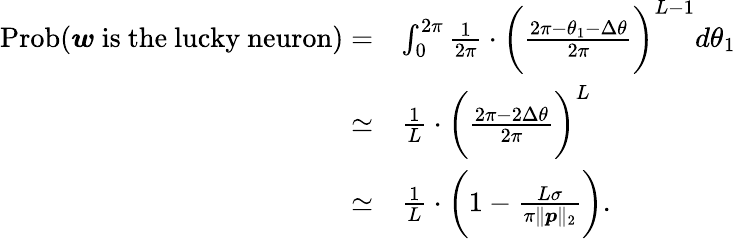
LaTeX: \begin{array}{rl}{\mathrm{Prob}({\boldsymbol w}\mathrm{~is~the~lucky~neuron})=}&{\int_{0}^{2\pi}\frac{1}{2\pi}\cdot\bigg(\frac{2\pi-\theta_{1}-\Delta\theta}{2\pi}\bigg)^{L-1}d\theta_{1}}\\ {\simeq}&{\frac{1}{L}\cdot\bigg(\frac{2\pi-2\Delta\theta}{2\pi}\bigg)^{L}}\\ {\simeq}&{\frac{1}{L}\cdot\bigg(1-\frac{L\sigma}{\pi\| {\boldsymbol p}\| _{2}}\bigg).}\end{array}